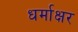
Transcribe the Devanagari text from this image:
धर्माक्षर